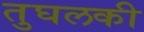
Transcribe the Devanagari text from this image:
तुघलकी